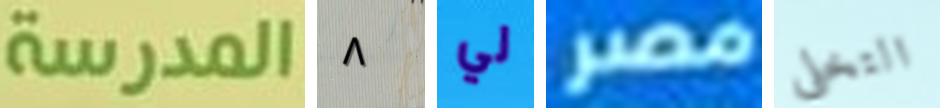
المدرسة ٨ لي مصر التخلى